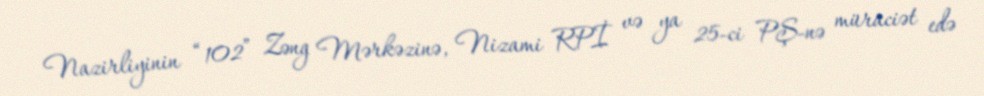
Nazirliyinin “102” Zəng Mərkəzinə, Nizami RPİ və ya 25-ci PŞ-nə müraciət edə